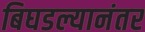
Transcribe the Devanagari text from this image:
बिघडल्यानंतर